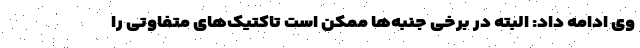
وی ادامه داد: البته در برخی جنبه‌ها ممکن است تاکتیک‌های متفاوتی را